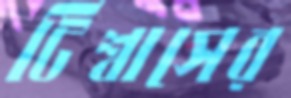
টিশ্বাসের